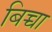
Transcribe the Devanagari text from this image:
बिच्चा